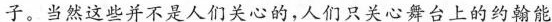
子。当然这些并不是人们关心的，人们只关心舞台上的约翰能